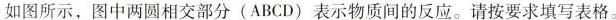
如图所示，图中两圆相交部分（ABCD）表示物质间的反应。请按要求填写表格。